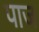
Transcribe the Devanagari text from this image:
पाज